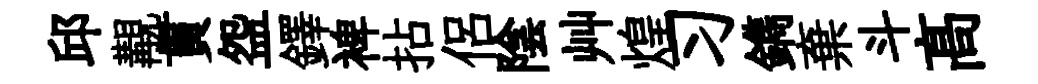
邱覯貫盌鐸裨拈侶陰艸煌习鐫棄斗髙